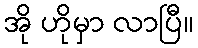
အို ဟိုမှာ လာပြီ။